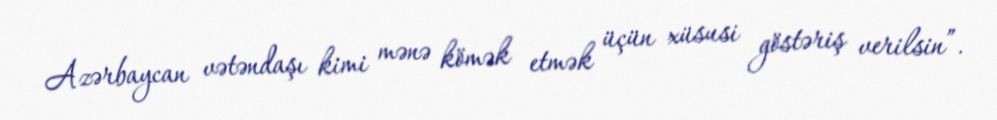
Azərbaycan vətəndaşı kimi mənə kömək etmək üçün xüsusi göstəriş verilsin”.